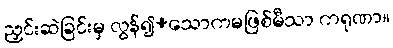
ညှင်းဆဲခြင်းမှ လွန်၍+သောကမဖြစ်မီသာ ကရုဏာ။